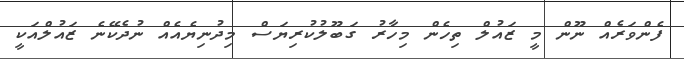
ފެންވަރެއް ނޫން މީ ޒައުލް ތިހެން މިހާރު ގަބޫލުކުރިޔަސް މިދުނިޔެއެއް ނުދެކޭނެ ޒައުލްއަކީ